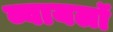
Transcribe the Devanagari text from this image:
ब्वायलॉ